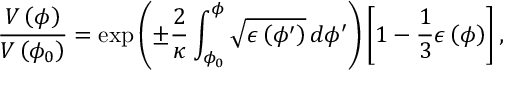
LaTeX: { \frac { V \left( \phi \right) } { V \left( \phi _ { 0 } \right) } } = \exp \left( \pm { \frac { 2 } { \kappa } } \int _ { \phi _ { 0 } } ^ { \phi } { \sqrt { \epsilon \left( \phi ^ { \prime } \right) } \, d \phi ^ { \prime } } \right) \left[ 1 - { \frac { 1 } { 3 } } \epsilon \left( \phi \right) \right] ,